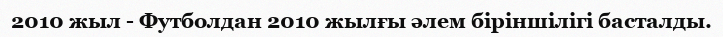
2010 жыл - Футболдан 2010 жылғы әлем біріншілігі басталды.